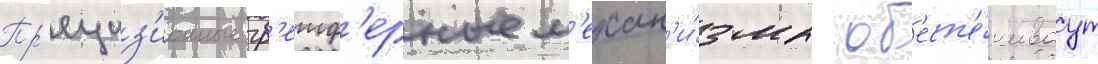
Пр'ециз'ионные гр'еиф'ерные м'ехан'и́змы об'есп'е́чиваут